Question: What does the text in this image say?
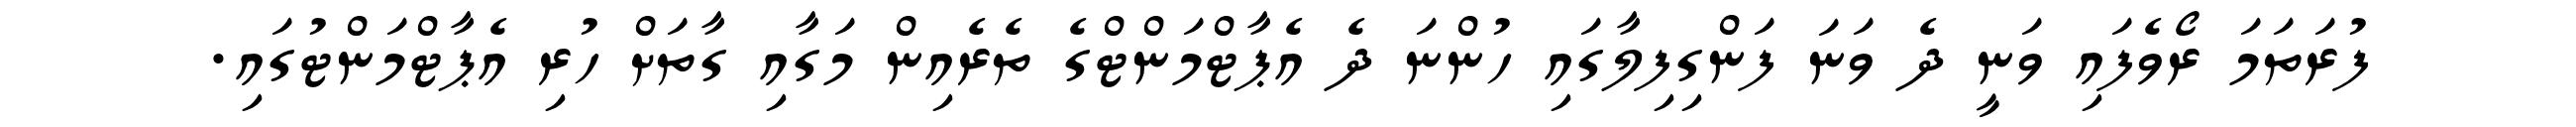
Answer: ފުރަތަމަ ރޯވެފައި ވަނީ ދެ ވަނަ ފަންގިފިލާގައި ހުންނަ ދެ އެޕާޓްމަންޓްގެ ތެރެއިން މަގާއި ގާތަށް ހުރި އެޕާޓްމަންޓުގައި.